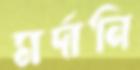
মর্দানি